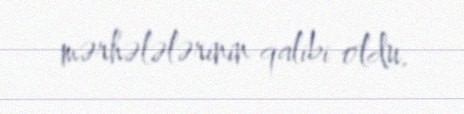
mərhələlərinin qalibi oldu.